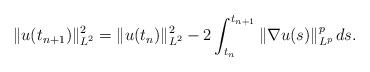
\begin{align*} \| u (t_{n+1}) \|_{L^2}^2 = \| u (t_n) \|_{L^2}^2 - 2\int_{t_n}^{t_{n+1}} \| \nabla u(s) \|_{L^p}^p \, d s .\end{align*}